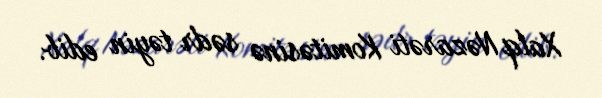
Xalq Nəzarəti Komitəsinə sədr təyin edib.